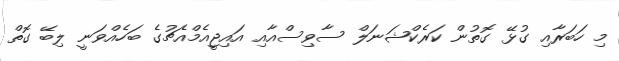
މި ހަބަރާއި ގުޅޭ ގޮތުން ކަރެކްޝަނަލް ސާވިސްއާއި އައިޖީއެމްއެޗުގެ ބަހެއްވަނީ ލިބޭ ގޮތް